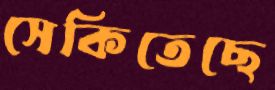
সেকিতেছে